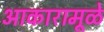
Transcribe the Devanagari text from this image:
आकारामूळे